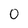
Character: 0